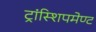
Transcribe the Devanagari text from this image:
ट्रांस्शिपमेण्ट